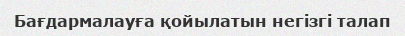
Бағдармалауға қойылатын негізгі талап